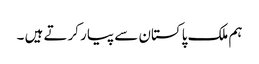
ہم ملک پاکستان سے پیار کرتے ہیں ۔